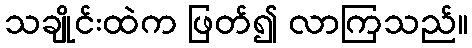
သချိုင်းထဲက ဖြတ်၍ လာကြသည်။